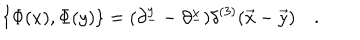
\{ \Phi ( x ) , \Phi ( y ) \} = ( \partial _ { - } ^ { y } - \partial _ { - } ^ { x } ) \delta ^ { ( 3 ) } ( \vec { x } - \vec { y } ) \quad .